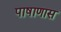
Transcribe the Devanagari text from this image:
पाषाणास